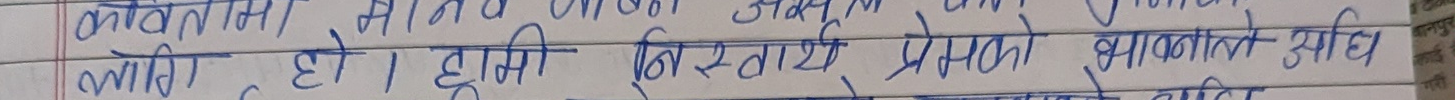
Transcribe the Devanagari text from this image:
कवितासंग मानाैनी जम्न समय लाग्ने रहेछ।
लाग्ने रहेछ। हाम्रा विस्तार्य प्रेमको भावनाले उहाँ